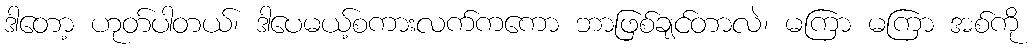
ဒါတော့ ဟုတ်ပါတယ်၊ ဒါပေမယ့်စကားလက်ကကော ဘာဖြစ်ချင်တာလဲ၊ မကြာ မကြာ အစ်ကို